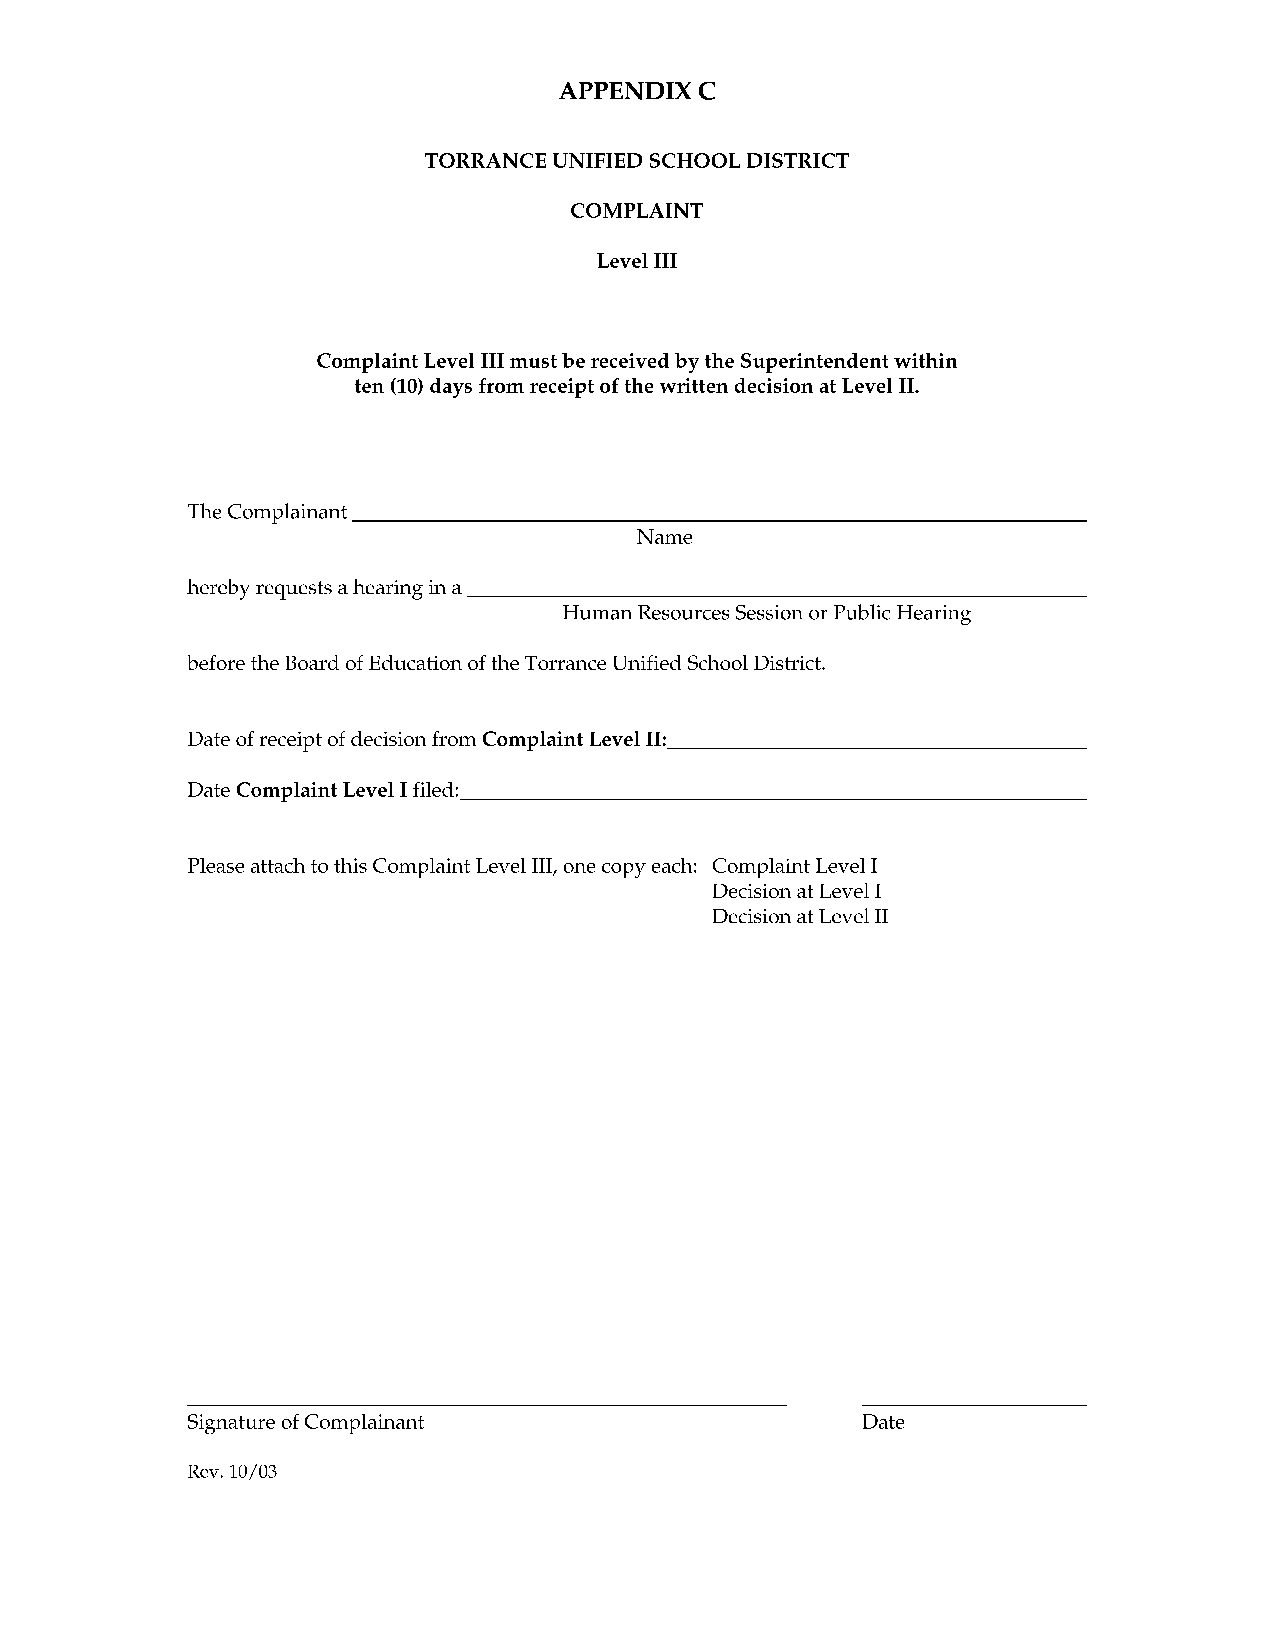
APPENDIXC
 TORRANCE UNIFIED SCHOOL DISTRICT
 COMPLAINT
 Level III
 Complaint Level III must be received by the Superintendent within
 ten (10) days from receipt of the written decision at Level II.
 Name
 hereby requests a hearing in a--------------------------
 Human Resources Session or Public Hearing
 before the Board of Education of the Torrance Unified School District.
 Date of receipt of decision from Complaint Level II: __________________
 Date Complaint Level I filed: __________________________
 Please attach to this Complaint Level III, one copy each: Complaint Level I
 Decision at Level I
 Decision at Level II
 Signature of Complainant                     Date
 Rev. 10/03